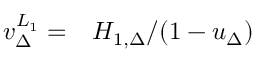
\begin{array} { r l } { v _ { \Delta } ^ { L _ { 1 } } = } & { { } H _ { 1 , \Delta } / ( 1 - u _ { \Delta } ) } \end{array}